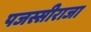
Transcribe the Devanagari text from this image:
पजस्सीराजा